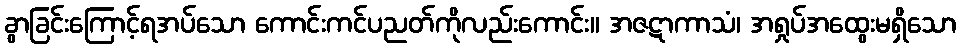
ခွာခြင်းကြောင့်ရအပ်သော ကောင်းကင်ပညတ်ကိုလည်းကောင်း။ အဇဋာကာသံ၊ အရှုပ်အထွေးမရှိသော